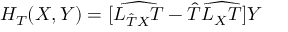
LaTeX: H _ { T } ( X , Y ) = [ \widehat { { \cal L } _ { { \hat { T } } X } T } - { \hat { T } } \widehat { { \cal L } _ { X } T } ] Y